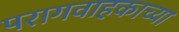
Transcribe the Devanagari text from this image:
परागवाहकाच्या